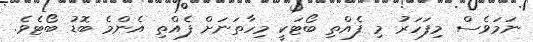
ނަމަވެސް މިފަހަރު މި ފެއްތި ބޯޓަކީ މިހާތަނަށް ފެއްތި އެންމެ ބޮޑު ބޯޓެވެ.